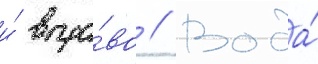
и́ впра́во // Вода́